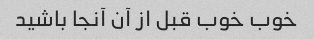
خوب خوب قبل از آن آنجا باشید